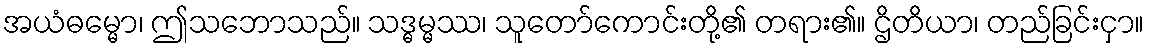
အယံဓမ္မော၊ ဤသဘောသည်။ သဒ္ဓမ္မဿ၊ သူတော်ကောင်းတို့၏ တရား၏။ ဌိတိယာ၊ တည်ခြင်းငှာ။